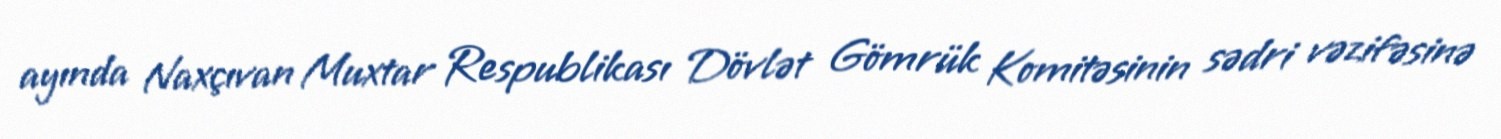
ayında Naxçıvan Muxtar Respublikası Dövlət Gömrük Komitəsinin sədri vəzifəsinə